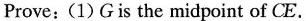
Prove:(1)Gis the midpoint of CE.